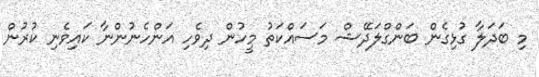
މި ބަދަލާ ގުޅިގެން ބަންގްލަދޭޝް މަސައްކަތު މީހުން ދިވެހި އަންހެނުންނާ ކައިވެނި ކުރުން